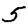
Digit: 5